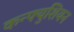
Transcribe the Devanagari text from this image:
कन्फ्युशियन